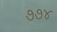
૭૭૪